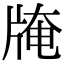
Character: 𤗎